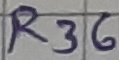
Text: R36